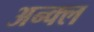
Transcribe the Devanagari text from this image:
अन्क्ल